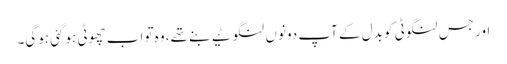
اور جس لنگوٹی کو بدل کے آپ دونوں‌ لنگوٹیے بنے تھے، وہ تو اب چھوٹی ہوگئی ہوگی۔